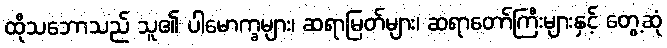
ထိုသဘောသည် သူ၏ ပါမောက္ခများ၊ ဆရာမြတ်များ၊ ဆရာတော်ကြီးများနှင့် တွေ့ဆုံ